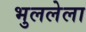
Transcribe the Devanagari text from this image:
भुललेला